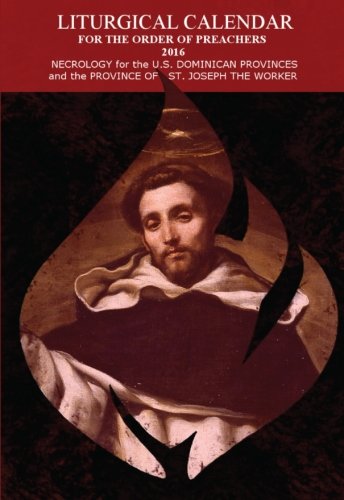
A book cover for Liturgical Calendar for the Order of Preachers 2016; Fr. David Wright O.P.; Christian Books & Bibles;